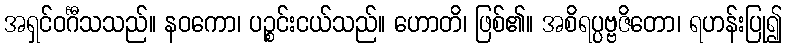
အရှင်ဝင်္ဂီသသည်။ နဝကော၊ ပဉ္စင်းငယ်သည်။ ဟောတိ၊ ဖြစ်၏။ အစိရပ္ပဗ္ဗဇိတော၊ ရဟန်းပြု၍